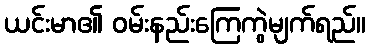
ယင်းမာ၏ ဝမ်းနည်းကြေကွဲမျက်ရည်။